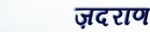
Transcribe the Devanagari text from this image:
ज़दराण